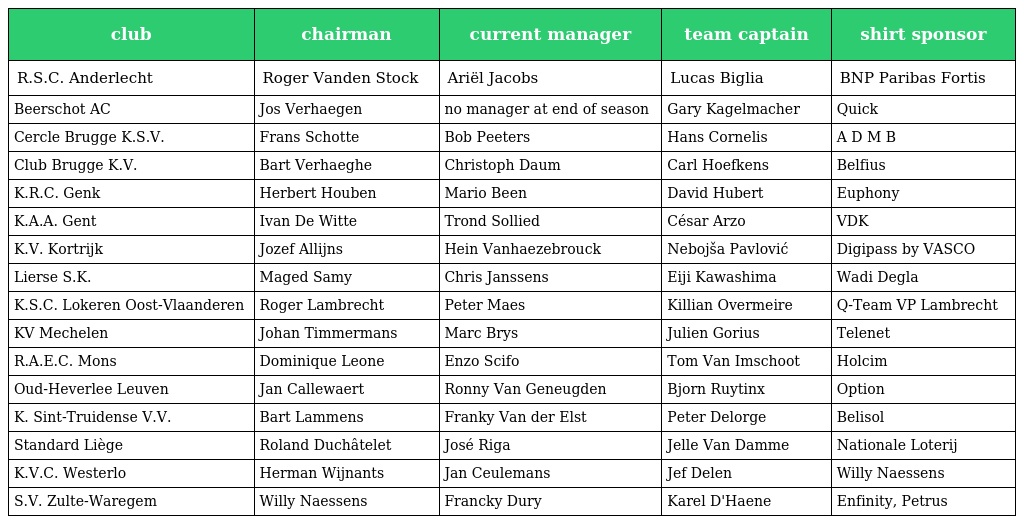
| club | chairman | current manager | team captain | shirt sponsor |
 | --- | --- | --- | --- | --- |
 | R.S.C. Anderlecht | Roger Vanden Stock | Ariël Jacobs | Lucas Biglia | BNP Paribas Fortis |
 | Beerschot AC | Jos Verhaegen | no manager at end of season | Gary Kagelmacher | Quick |
 | Cercle Brugge K.S.V. | Frans Schotte | Bob Peeters | Hans Cornelis | A D M B |
 | Club Brugge K.V. | Bart Verhaeghe | Christoph Daum | Carl Hoefkens | Belfius |
 | K.R.C. Genk | Herbert Houben | Mario Been | David Hubert | Euphony |
 | K.A.A. Gent | Ivan De Witte | Trond Sollied | César Arzo | VDK |
 | K.V. Kortrijk | Jozef Allijns | Hein Vanhaezebrouck | Nebojša Pavlović | Digipass by VASCO |
 | Lierse S.K. | Maged Samy | Chris Janssens | Eiji Kawashima | Wadi Degla |
 | K.S.C. Lokeren Oost-Vlaanderen | Roger Lambrecht | Peter Maes | Killian Overmeire | Q-Team VP Lambrecht |
 | KV Mechelen | Johan Timmermans | Marc Brys | Julien Gorius | Telenet |
 | R.A.E.C. Mons | Dominique Leone | Enzo Scifo | Tom Van Imschoot | Holcim |
 | Oud-Heverlee Leuven | Jan Callewaert | Ronny Van Geneugden | Bjorn Ruytinx | Option |
 | K. Sint-Truidense V.V. | Bart Lammens | Franky Van der Elst | Peter Delorge | Belisol |
 | Standard Liège | Roland Duchâtelet | José Riga | Jelle Van Damme | Nationale Loterij |
 | K.V.C. Westerlo | Herman Wijnants | Jan Ceulemans | Jef Delen | Willy Naessens |
 | S.V. Zulte-Waregem | Willy Naessens | Francky Dury | Karel D'Haene | Enfinity, Petrus |